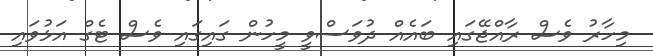
މިހާރު ވެސް ރާއްޖޭގައި ބައެއް ދުވަސްވީ މީހުން ގައިގައި ވެސް ޓެގް އަޅުވައި